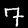
Digit: 7